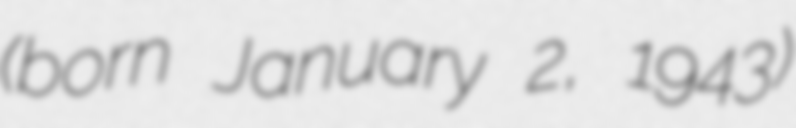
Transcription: (born January 2, 1943)